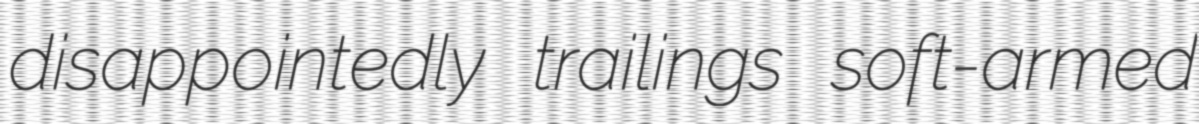
disappointedly trailings soft-armed